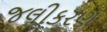
જલીકરણ